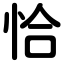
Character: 恰